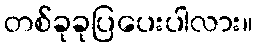
တစ်ခုခုပြပေးပါလား။